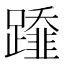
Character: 𨆂